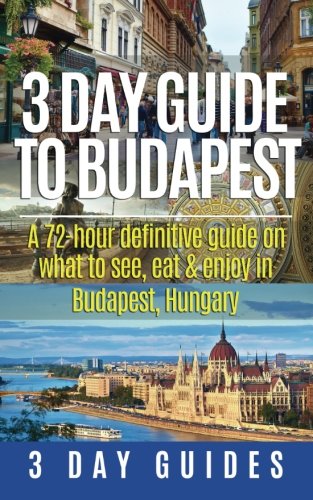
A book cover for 3 Day Guide to Budapest: A 72-hour Definitive Guide on What to See, Eat & Enjoy in Budapest, Hungary (3 Day Travel Guides) (Volume 7); 3 Day City Guides; Travel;